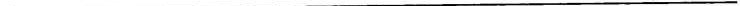
___